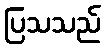
ပြသသည်